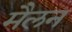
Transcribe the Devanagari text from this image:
मैलन